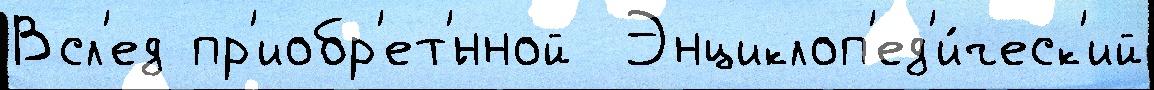
Всл'ед пр'иобр'ет'́нной  Энциклоп'ед'и́ческ'ий